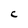
Character: C